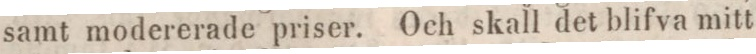
samt modererade priser. Och skall det blifva mitt